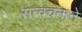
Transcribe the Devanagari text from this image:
सत्वचनाने